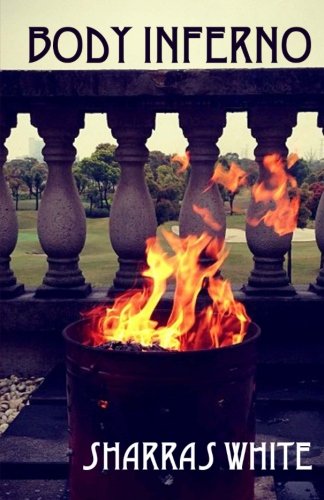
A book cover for Body Inferno; Sharras White; Romance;